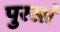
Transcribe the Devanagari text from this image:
पुरसां